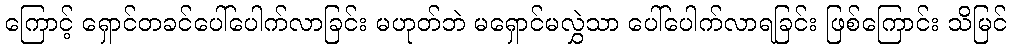
ကြောင့် ရှောင်တခင်ပေါ်ပေါက်လာခြင်း မဟုတ်ဘဲ မရှောင်မလွှဲသာ ပေါ်ပေါက်လာရခြင်း ဖြစ်ကြောင်း သိမြင်